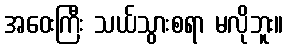
အဝေးကြီး သယ်သွားစရာ မလိုဘူး။